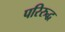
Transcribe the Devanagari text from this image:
परिरुद्ध